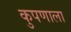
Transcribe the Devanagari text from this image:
कुपणाला